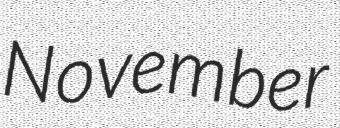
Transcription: November